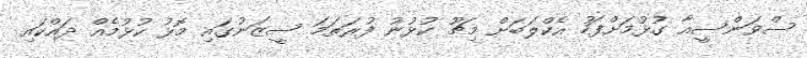
ސްވަންސީއާ ގުޅުމަށްފަހު އެކްލަބަށް މިޗޫ ކުޅުނު ފުރަތަމަ ސީޒަނުގައި މޮޅު ކުޅުމެއް ދައްކައި